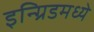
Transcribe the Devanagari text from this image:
इन्ग्रिडमध्ये